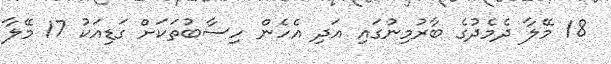
18 މޭލާ ދެމެދުގެ ބާރުމިނުގައި އަދި އެހެން ހިސާބުތަކަށް ގަޑިއަކު 17 މޭލާ